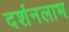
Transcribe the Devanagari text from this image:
दर्शनलाभ